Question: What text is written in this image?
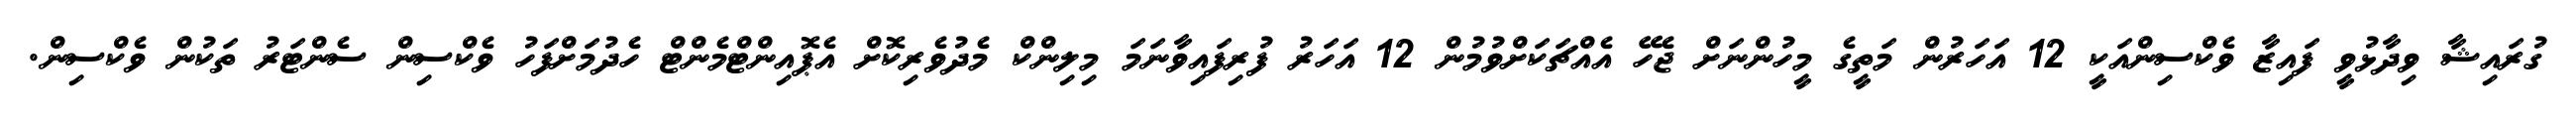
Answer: ގުރައިޝާ ވިދާޅުވީ ފައިޒާ ވެކްސިންއަކީ 12 އަހަރުން މަތީގެ މީހުންނަށް ޖެހޭ އެއްޗަކަށްވުމުން 12 އަހަރު ފުރިފައިވާނަމަ މިލިންކް މެދުވެރިކޮށް އެޕޮއިންޓްމެންޓް ހެދުމަށްފަހު ވެކްސިން ސެންޓަރު ތަކުން ވެކްސިން.